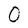
Character: O